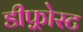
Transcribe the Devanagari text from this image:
डीफ़्रोस्ट